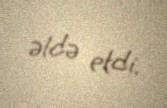
əldə etdi.